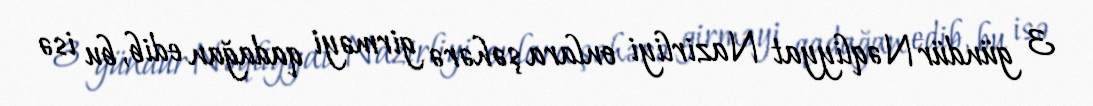
3 gündür Nəqliyyat Nazirliyi onlara şəhərə girməyi qadağan edib, bu isə